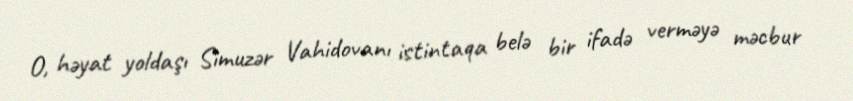
O, həyat yoldaşı Simuzər Vahidovanı istintaqa belə bir ifadə verməyə məcbur